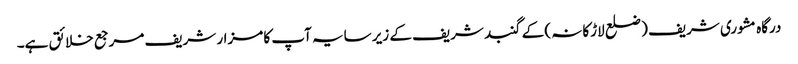
درگاہ مشوری شریف ( ضلع لاڑکانہ ) کے گنبد شریف کے زیر سایہ آپ کا مزار شریف مرجع خلائق ہے۔